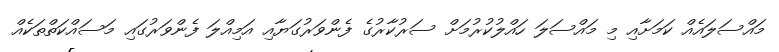
މައްސަލައެއް ކަމަށާއި މި މައްސަލަ ހައްލުކުރުމަށް ސަރުކާރުގެ ފެންވަރުގަޔާއި އަމިއްލަ ފެންވަރުގައި މަސައްކަތްތަކެއް